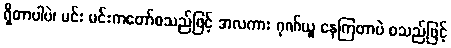
ရှိတာပါပဲ၊ မင်း မင်းကတော်စသည်ဖြင့် အလကား ဂုဏ်ယူ နေကြတာပဲ စသည်ဖြင့်